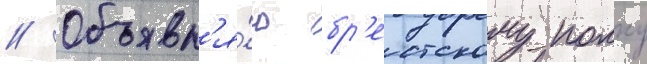
// Объявл'я́ю бр'естскому полку